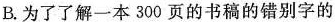
B.为了了解一本300页的书稿的错别字的